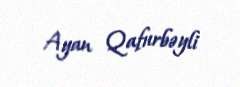
Ayan Qafurbəyli